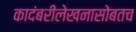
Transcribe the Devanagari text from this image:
कादंबरीलेखनासोबतच